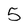
Character: 5